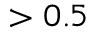
> 0 . 5